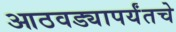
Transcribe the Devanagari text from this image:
आठवड्यापर्यंतचे